Report of the Hyderabad Chloroform Commission
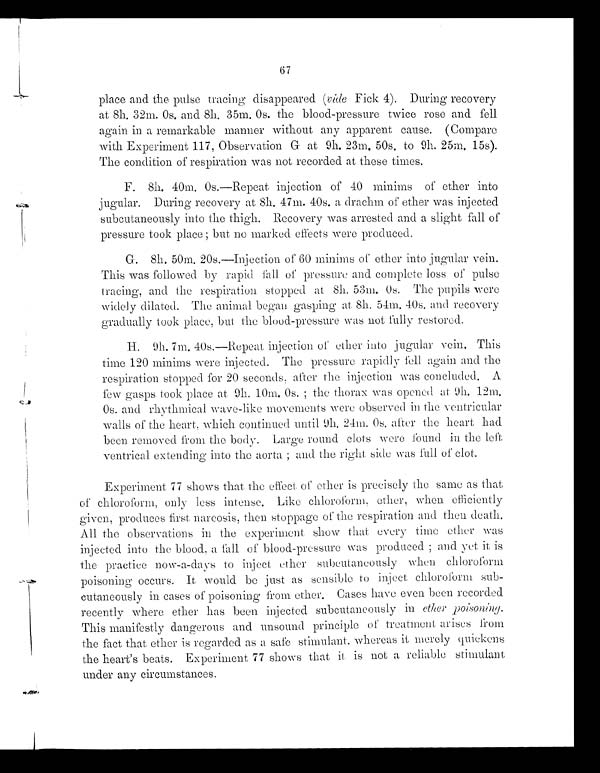
67
place and the pulse tracing disappeared (vide Fick 4). During recovery
at 8h. 32m. 0s. and 8h. 35m. 0s. the blood-pressure twice rose and fell
again in a remarkable manner without any apparent cause. (Compare
with Experiment 117, Observation G at 9h. 23m, 50s. to 9h. 25m. 15s).
The condition of respiration was not recorded at these times.
F. 8h. 40m. 0s.—Repeat injection of 40 minims of ether into
jugular. During recovery at 8h. 47m. 40s. a drachm of ether was injected
subcutaneously into the thigh. Recovery was arrested and a slight fall of
pressure took place ; but. no marked effects were produced.
G. 8h. 50m. 20s.—Injection of 60 minims of ether into jugular vein.
This was followed by rapid fall of pressure and complete loss of pulse
tracing, and the respiration stopped at. 8h. 53m. 0s. The pupils were
widely dilated.The animal began gasping at. 8h. 54m. 40s. and recovery
gradually took place, but the blood-pressure was not fully restored.
H.
9h. 7m. 40s.—Repeat injection of ether into jugular vein. This
time 120 minims were injected. The pressure rapidly fell again and the
respiration stopped for 20 seconds, after the injection was concluded. A
few gasps took place at 9h. 10m, 0s. ; the thorax was opened at 9h. 12m.
0 s . a n d r h y t h m i c a l . w a v e - l i k e m o v e m e n t s w e r e o b s e r v e d i n t h e v e n t r i c u l a r
walls of the heart, which continued until 9h. 24m. 0s. after the heart had
been removed from the Large
body. Large round clots were found in the left
ventrical extending into the aorta ; and the right side was full of clot.
Experiment 77 shows that, the effect of ether is precisely the same as that
of chloroform, only less intense. Like chloroform, ether, when efficiently
given, produces first, narcosis, then stoppage of the respiration and then death.
All the observations in the experiment show that every time ether was
injected into the blood, a fall of blood-pressure was produced ; and yet it is
the practice now-a-days to inject, ether subeutaneously when chloroform
poisoning occurs. It would be just as sensible to inject chloroform sub-
cutaneously in cases of poisoning from ether. Cases have even been recorded
recently where ether has been injected subcutaneously in ether poisoning.
This manifestly dangerous and unsound principle of treatment arises from
the fact that ether is regarded as a safe stimulant. whereas it merely quickens
the heart's beats. Experiment 77 shows that it is not a reliable stimulant
under any circumstances.